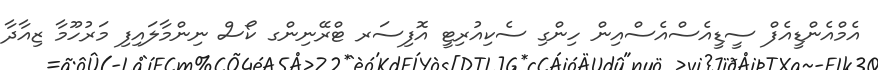
އެމްއެންޑީއެފް ސީޑީއެސްއެސްއިން ހިންގި ސެކިއުރިޓީ އޮފިސަރ ޓްރޭނިންގ ކޯސް ނިންމާލައިފި މަރުހޫމާ ޒިއާދާ